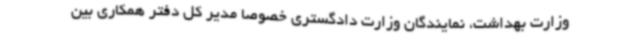
وزارت بهداشت، نمایندگان وزارت دادگستری خصوصا مدیر کل دفتر همکاری بین